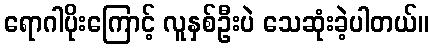
ရောဂါပိုးကြောင့် လူနှစ်ဦးပဲ သေဆုံးခဲ့ပါတယ်။